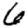
Digit: 6